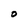
Character: O